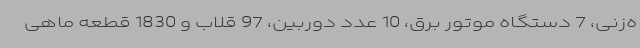
ه‌زنی، 7 دستگاه موتور برق، 10 عدد دوربین، 97 قلاب و 1830 قطعه ماهی